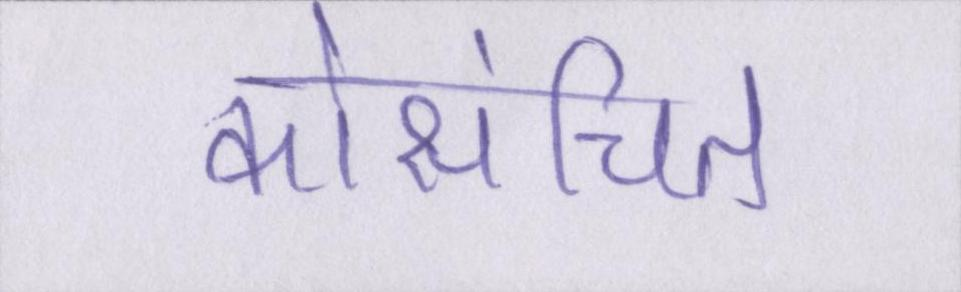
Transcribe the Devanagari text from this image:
कोसंचित